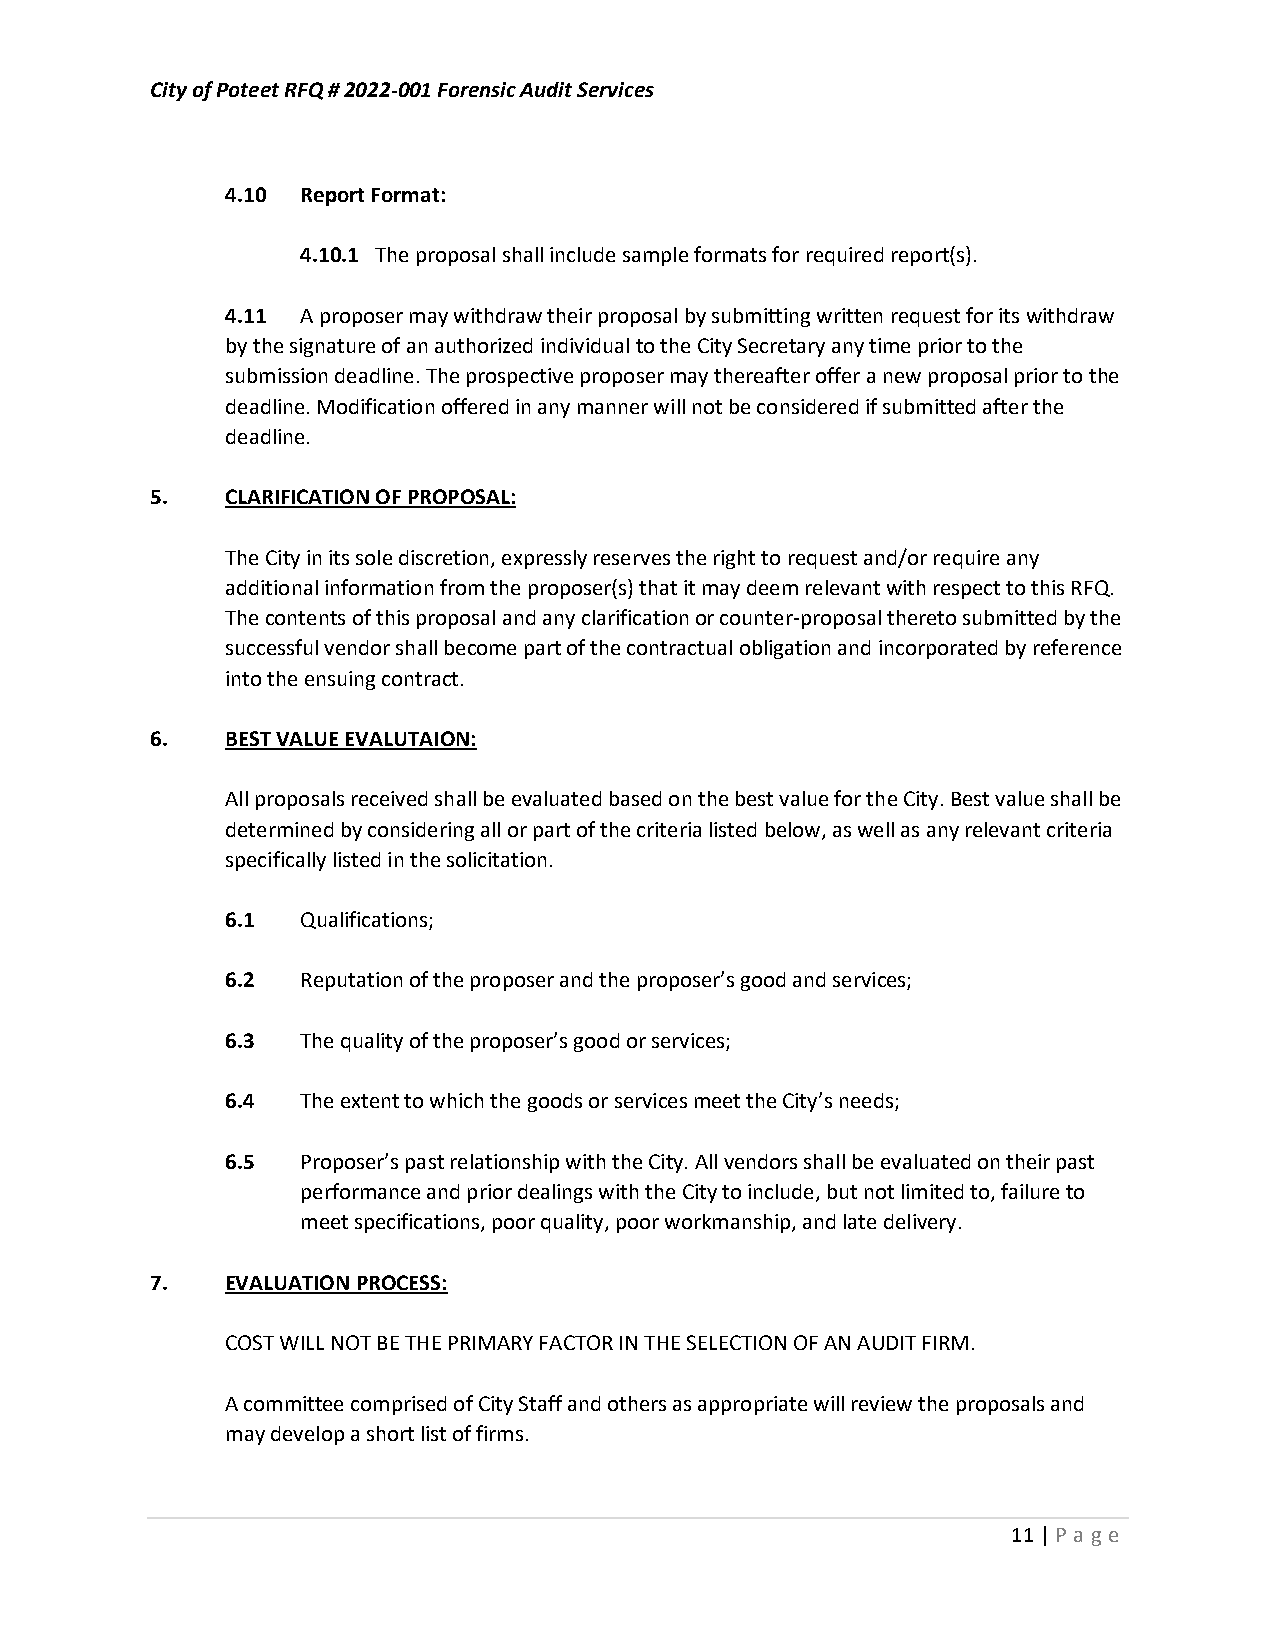
City of Poteet RFQ # 2022-001 Forensic Audit Services
 4.10 Report Format:
 4.10.1 The proposal shall include sample formats for required report(s).
 4.11 A proposer may withdraw their proposal by submitting written request for its withdraw
 by the signature of an authorized individual to the City Secretary any time prior to the
 submission deadline. The prospective proposer may thereafter offer a new proposal prior to the
 deadline. Modification offered in any manner will not be considered if submitted after the
 deadline.
 5.   CLARIFICATION OF PROPOSAL:
 The City in its sole discretion, expressly reserves the right to request and/or require any
 additional information from the proposer(s) that it may deem relevant with respect to this RFQ.
 The contents of this proposal and any clarification or counter-proposal thereto submitted by the
 successful vendor shall become part of the contractual obligation and incorporated by reference
 into the ensuing contract.
 6.   BEST VALUE EVALUTAION:
 All proposals received shall be evaluated based on the best value for the City. Best value shall be
 determined by considering all or part of the criteria listed below, as well as any relevant criteria
 specifically listed in the solicitation.
 6.1  Qualifications;
 6.2  Reputation of the proposer and the proposer’s good and services;
 6.3  The quality of the proposer’s good or services;
 6.4  The extent to which the goods or services meet the City’s needs;
 6.5  Proposer’s past relationship with the City. All vendors shall be evaluated on their past
 performance and prior dealings with the City to include, but not limited to, failure to
 meet specifications, poor quality, poor workmanship, and late delivery.
 7.   EVALUATION PROCESS:
 COST WILL NOT BE THE PRIMARY FACTOR IN THE SELECTION OF AN AUDIT FIRM.
 A committee comprised of City Staff and others as appropriate will review the proposals and
 may develop a short list of firms.
 11 | P age